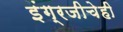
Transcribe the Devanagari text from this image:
इंग्रजीचेही